Lunatic asylums Central Provinces reports 1895-1909 - 1895-1909
Year: 1895
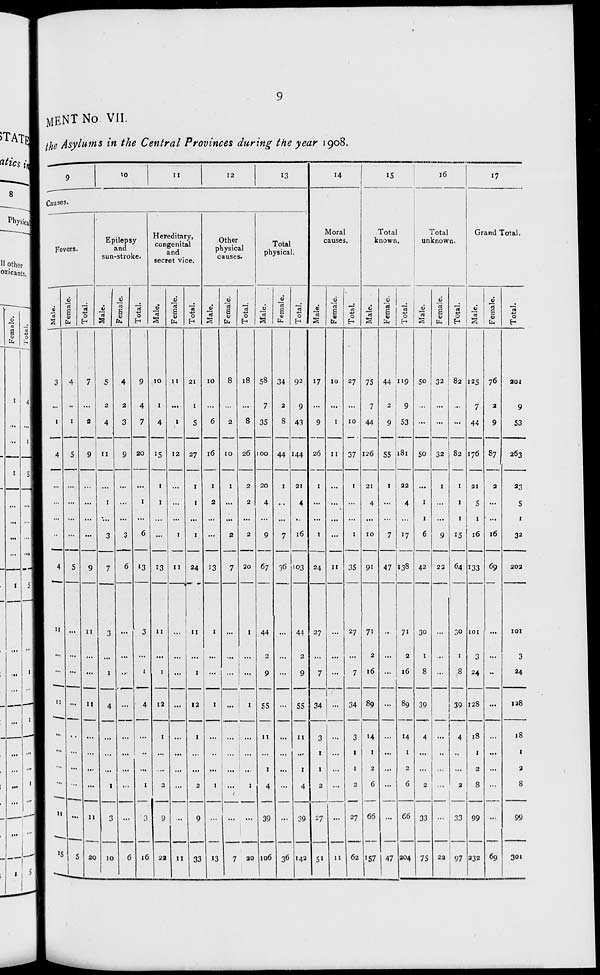
9
MENT No VII.
the Asylums in the Central Provinces during the year 1908.
9
10
11
12
13
Causes.
Fevers.
Male.
3
...
1
4
...
...
...
...
4
11
...
...
11
...
...
...
...
11
15
Female.
4
...
1
5
...
...
...
...
5
...
...
...
...
...
...
...
...
...
5
Total.
7
...
3
9
...
...
...
...
9
11
...
...
11
...
...
...
...
11
20
Epilepsy
and
sun-stroke.
Male.
5
2
4
11
...
1
...
3
7
3
...
1
4
...
...
...
1
3
10
Female.
4
2
3
9
...
...
...
3
6
...
...
...
...
...
...
...
...
...
6
Total.
9
4
7
20
...
1
...
6
13
3
...
1
4
...
...
...
1
3
16
Hereditary,
congenital
and
secret vice.
Male.
10
1
4
15
1
1
...
...
13
11
...
1
12
1
...
...
2
9
22
Female.
11
...
1
12
...
...
...
1
11
...
...
...
...
...
...
...
...
...
11
Total.
21
1
5
27
1
1
...
1
24
11
...
1
12
1
...
...
2
9
33
Other
physical
causes.
Male.
10
...
6
16
1
2
...
...
13
1
...
...
1
...
...
...
1
...
13
Female.
8
...
2
10
1
...
...
2
7
...
...
...
...
...
...
...
...
...
7
Total.
18
...
8
26
2
2
...
2
20
1
...
...
1
...
...
...
1
...
20
Total
physical.
Male.
58
7
35
100
20
4
...
9
67
44
2
9
55
11
...
1
4
39
106
Female.
34
2
8
44
1
...
...
7
36
...
...
...
...
...
...
...
...
...
36
Total.
92
9
43
144
21
4
...
16
103
44
2
9
55
11
...
1
4
39
142
14
Moral
causes.
Male.
17
...
9
26
1
...
...
1
24
27
...
7
34
3
1
1
2
27
51
Female.
10
...
1
11
...
...
...
...
11
...
...
...
...
...
...
...
...
...
11
Total.
27
...
10
37
1
...
...
1
35
27
...
7
34
3
1
1
2
27
62
15
Total
known.
Male.
75
7
44
126
21
4
...
10
91
71
2
16
89
14
1
2
6
66
157
Female.
44
2
9
55
1
...
...
7
47
...
...
...
...
...
...
...
...
...
47
Total.
119
9
53
181
22
4
...
17
138
71
2
16
89
14
1
2
6
66
204
16
Total
unknown.
Male.
50
...
...
50
...
1
1
6
42
30
1
8
39
4
...
...
2
33
75
Female.
32
...
...
32
1
...
...
9
22
...
...
...
...
...
...
...
...
...
22
Total.
82
...
...
82
1
1
1
15
64
30
1
8
39
4
...
...
2
33
97
17
Grand Total.
Male.
125
7
44
176
21
5
1
16
133
101
3
24
128
18
1
2
8
99
232
Female.
76
2
9
87
2
...
...
16
69
...
...
...
...
...
...
...
...
...
69
Total.
201
9
53
263
23
5
1
32
202
101
3
24
128
18
1
2
8
99
301